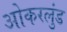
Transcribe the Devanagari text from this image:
ओकरलुंड